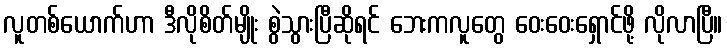
လူတစ်ယောက်ဟာ ဒီလိုစိတ်မျိုး စွဲသွားပြီဆိုရင် ဘေးကလူတွေ ဝေးဝေးရှောင်ဖို့ လိုလာပြီ။